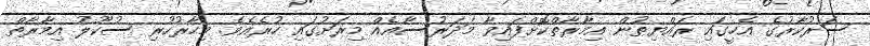
ސަރުކާރުގެ އެހީގައި ރައްޔިތުން އިމާރާތްކޮށްފައިވާ މަދަރުސާއެއް މިރަށުގައި ހުރެއެވެ. މިހާރުހުރި ސުކޫލު އިމާރާތް